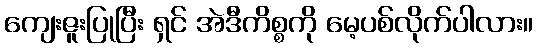
ကျေးဇူးပြုပြီး ရှင် အဲဒီကိစ္စကို မေ့ပစ်လိုက်ပါလား။